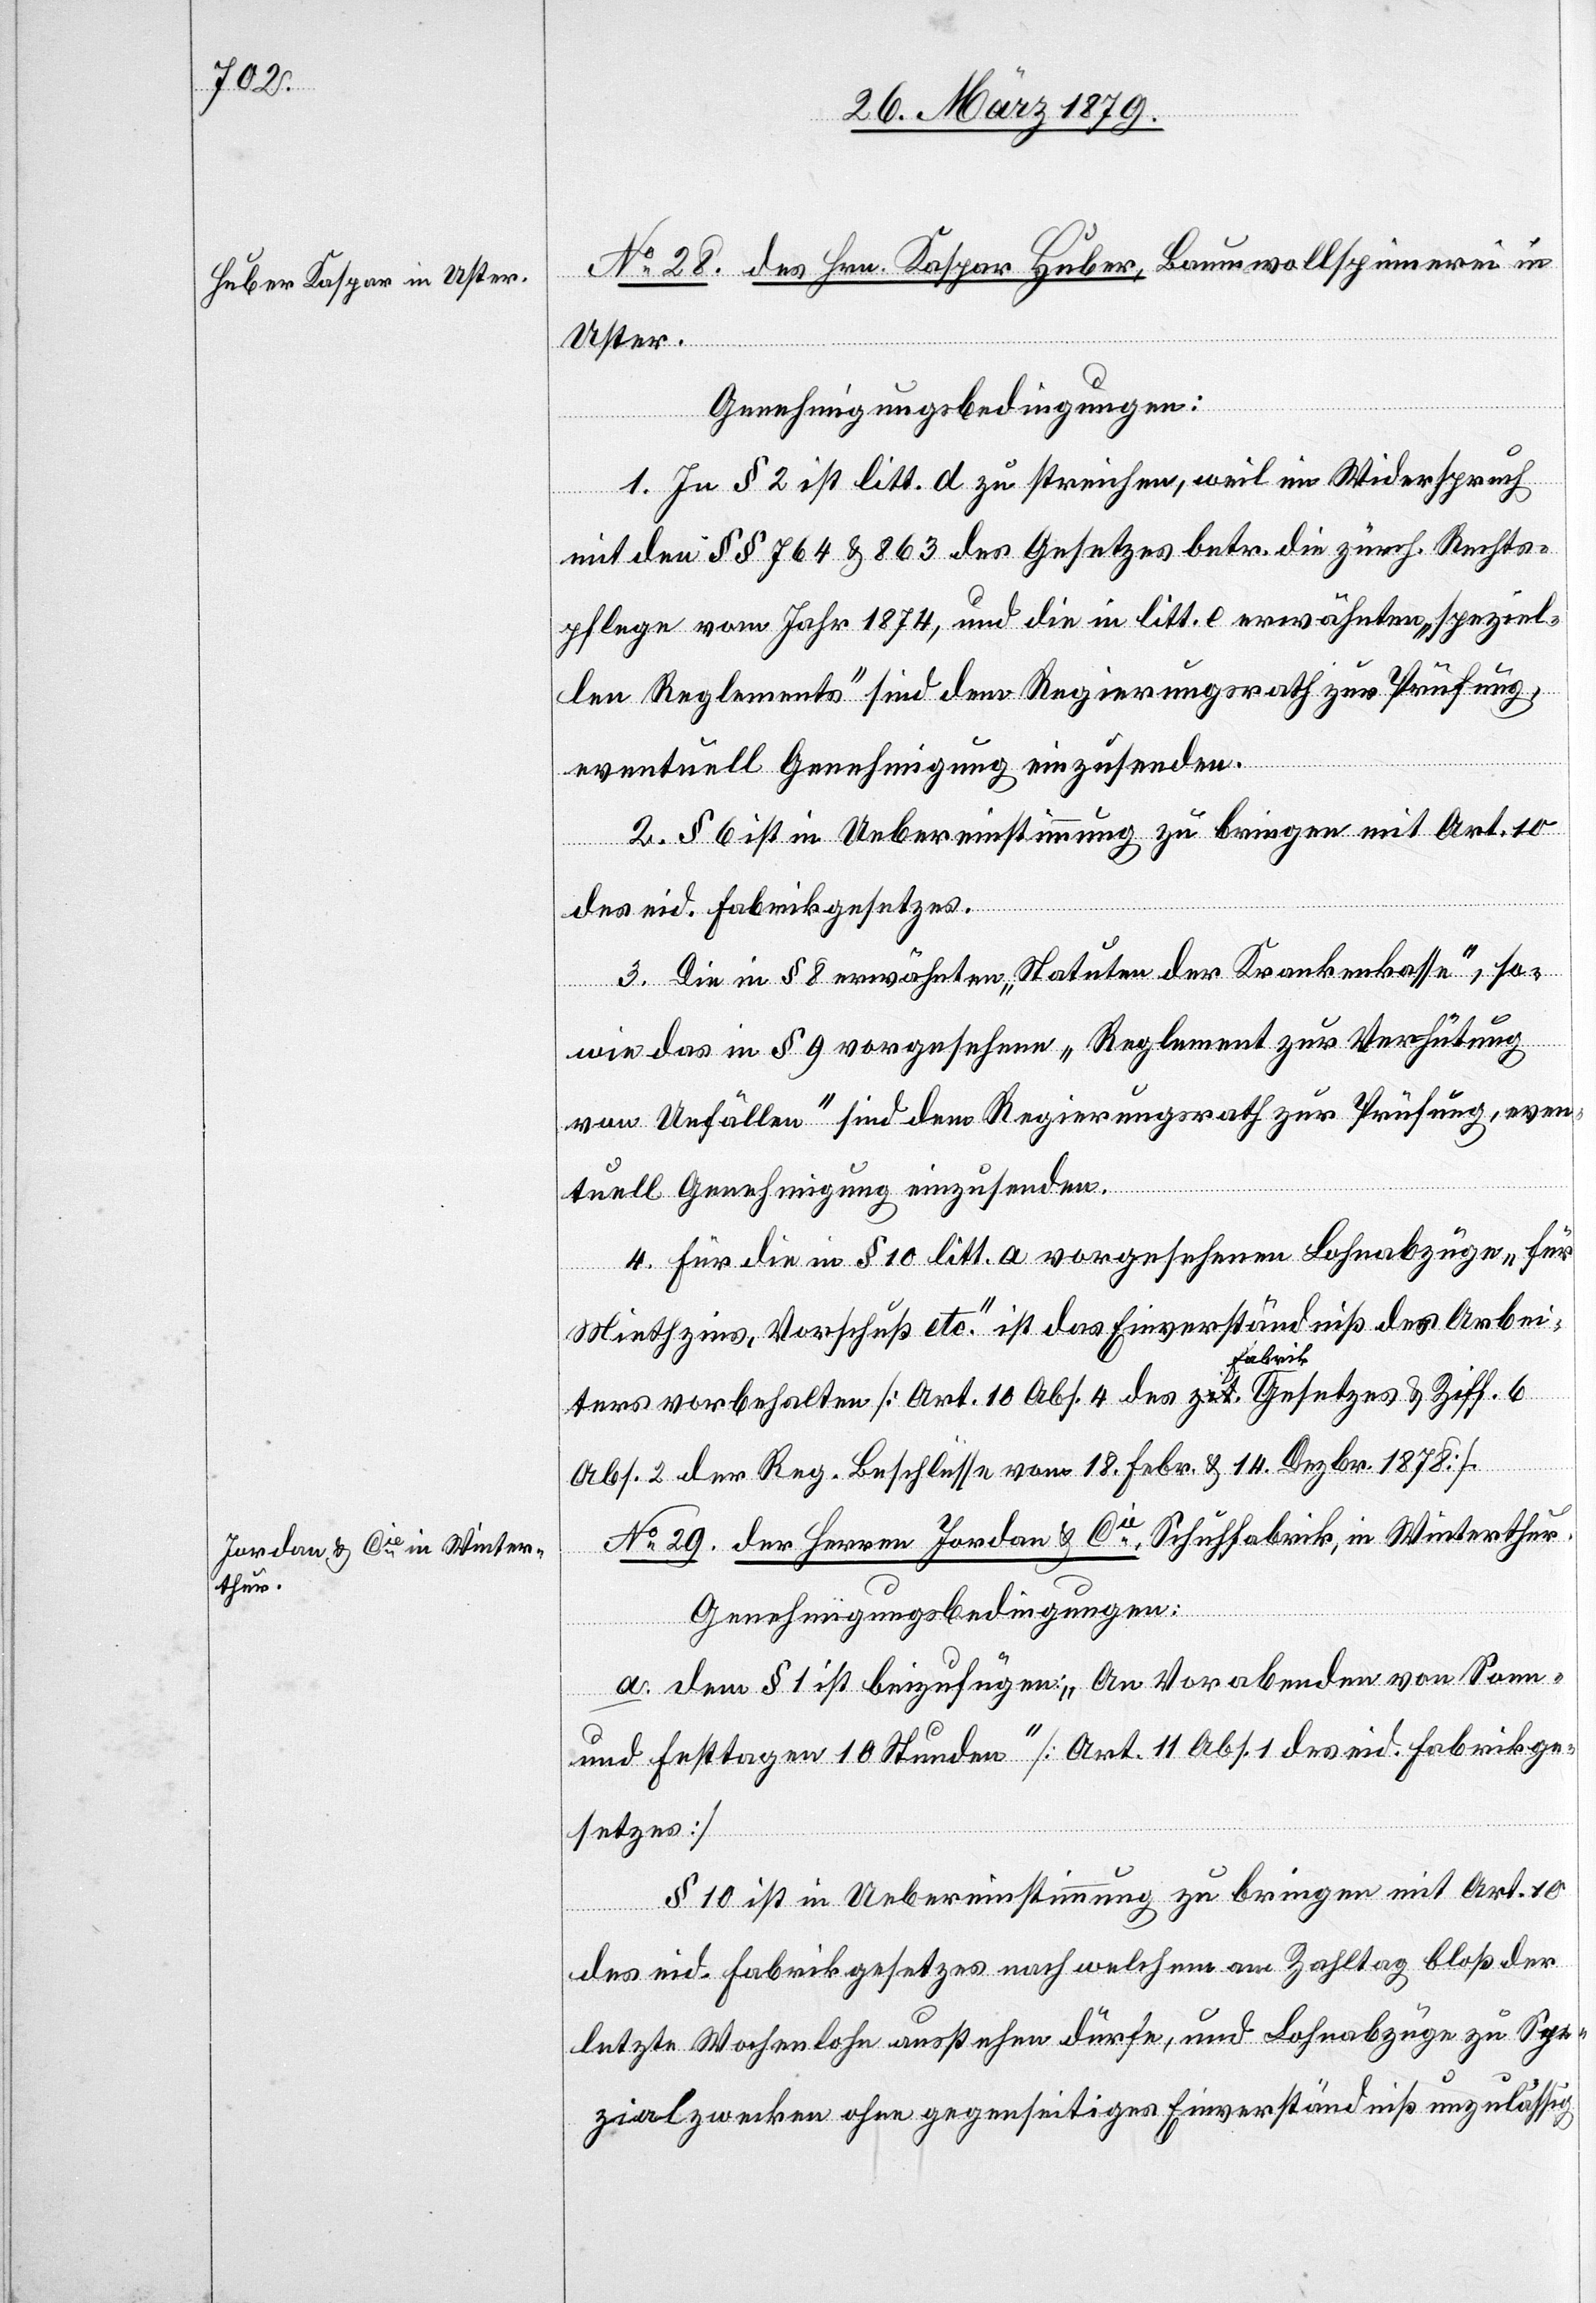
No 28. des Hrn. Kaspar Huber, Baumwollspinnerei in
Uster.
Genehmigungsbedingungen:
1. In § 2 ist litt. d zu streichen, weil im Widerspruch
mit den §§ 764 & 863 des Gesetzes betr. die zürch. Rechts¬
pflege vom Jahr 1874, und die in litt. e erwähnten „speziel¬
len Reglements“ sind dem Regierungsrath zur Prüfung,
eventuell Genehmigung einzusenden.
2. § 6 ist in Uebereinstimmung zu bringen mit Art. 10
ordnung.]
des eid. Fabrikgesetzes.
3. Die in § 8 erwähnten „Statuten der Krankenkasse“, so¬
wie das in § 9 vorgesehene „Reglement zur Verhütung
von Unfällen“ sind dem Regierungsrath zur Prüfung, even¬
tuell Genehmigung einzusenden.
4. Für die in § 10 litt. a vorgesehenen Lohnabzüge „für
Miethzins, Vorschuß etc.“ ist das Einverständniß des Arbei¬
[Fabrik¬
ters vorbehalten [Art. 10 Abs. 4 des Fabrikgesetzes & Ziff. 6
Abs. 2 der Reg. Beschlüsse vom 18. Febr. & 14. Dezbr. 1878].
No 29. der Herren Jordan & Cie, Schuhfabrik, in Winterthur.
Genehmigungsbedingungen:
a. Dem § 1 ist beizufügen: „An Vorabenden von Sonn-
und Festtagen 10 Stunden“ [Art. 11 Abs. 1 des eid. Fabrikge¬
setzes].
§ 10 ist in Uebereinstimmung zu bringen mit Art. 10
des eid. Fabrikgesetzes nach welchem am Zahltag bloß der
letzte Wochenlohn ausstehen dürfe, und Lohnabzüge zu Spe¬
zialzwecken ohne gegenseitiges Einverständniß unzulässig